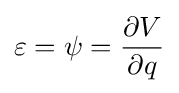
\varepsilon =\psi ={\frac {\partial V}{\partial q}}